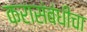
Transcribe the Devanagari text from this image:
करासंबंधीचा